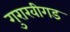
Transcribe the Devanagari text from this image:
गुराखीगड